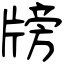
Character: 牓